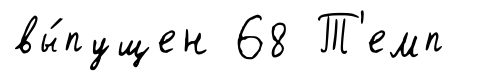
вы́пущен 68 Т'емп